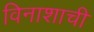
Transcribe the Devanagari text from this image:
विनाशाची